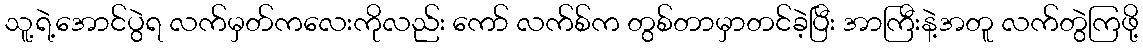
သူ့ရဲ့အောင်ပွဲရ လက်မှတ်ကလေးကိုလည်း ကော် လက်စ်က တွစ်တာမှာတင်ခဲ့ပြီး အာကြီးနဲ့အတူ လက်တွဲကြဖို့